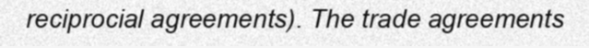
reciprocial agreements). The trade agreements